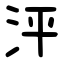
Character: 泙